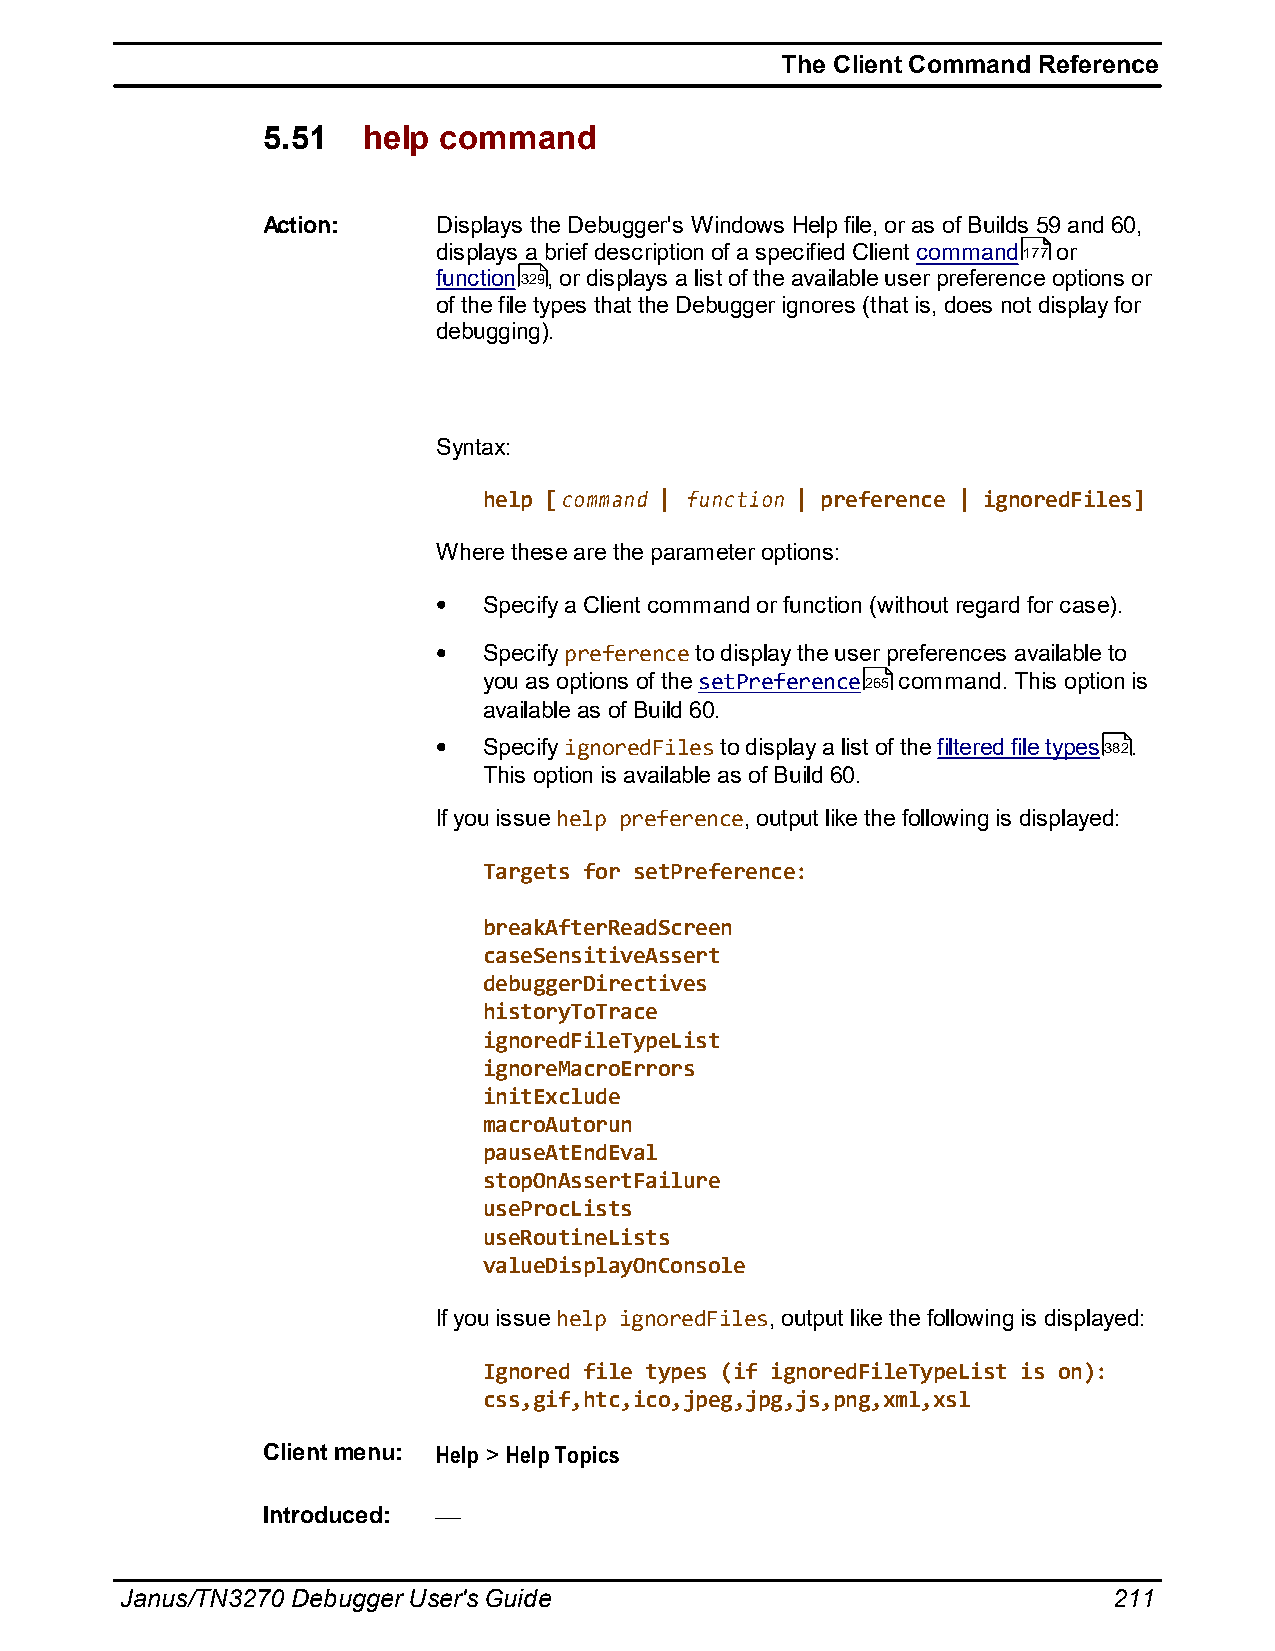
The Client Command Reference
 5.51   help command
 Action:     Displays the Debugger's Windows Help file, or as of Builds 59 and 60,
 displays a brief description of a specified Client command177 or
 function329, or displays a list of the available user preference options or
 of the file types that the Debugger ignores (that is, does not display for
 debugging).
 Syntax:
 help [command | function | preference | ignoredFiles]
 Where these are the parameter options:
 Specify a Client command or function (without regard for case).
 Specify preference to display the user preferences available to
 you as options of the setPreference265 command. This option is
 available as of Build 60.
 Specify ignoredFiles to display a list of the filtered file types382.
 This option is available as of Build 60.
 If you issue help preference, output like the following is displayed:
 Targets for setPreference:
 breakAfterReadScreen
 caseSensitiveAssert
 debuggerDirectives
 historyToTrace
 ignoredFileTypeList
 ignoreMacroErrors
 initExclude
 macroAutorun
 pauseAtEndEval
 stopOnAssertFailure
 useProcLists
 useRoutineLists
 valueDisplayOnConsole
 If you issue help ignoredFiles, output like the following is displayed:
 Ignored file types (if ignoredFileTypeList is on):
 css,gif,htc,ico,jpeg,jpg,js,png,xml,xsl
 Client menu: Help > Help Topics
 Introduced:
 Janus/TN3270 Debugger User's Guide                                211